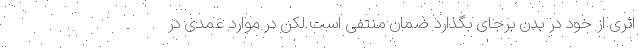
اثری از خود در بدن برجای بگذارد ضمان منتفی است لکن در موارد عمدی در